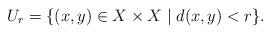
LaTeX: \begin{align*}U_r = \{(x,y) \in X \times X \mid d(x,y) < r \}.\end{align*}